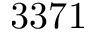
3 3 7 1